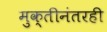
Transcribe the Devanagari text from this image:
मुक्तीनंतरही